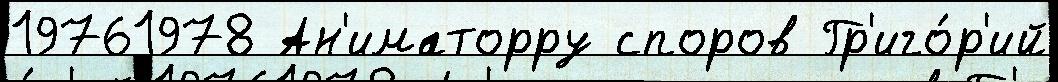
19761978 Ан'иматорру споров Гр'иго́р'ий